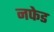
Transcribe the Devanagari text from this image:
नफेड